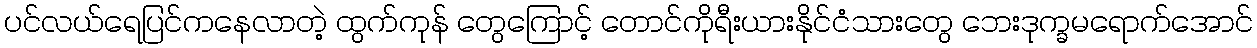
ပင်လယ်ရေပြင်ကနေလာတဲ့ ထွက်ကုန် တွေကြောင့် တောင်ကိုရီးယားနိုင်ငံသားတွေ ဘေးဒုက္ခမရောက်အောင်